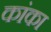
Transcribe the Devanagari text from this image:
कांका